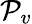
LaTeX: \mathcal{P}_{v}